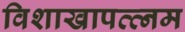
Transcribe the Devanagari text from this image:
विशाखापत्त्नम